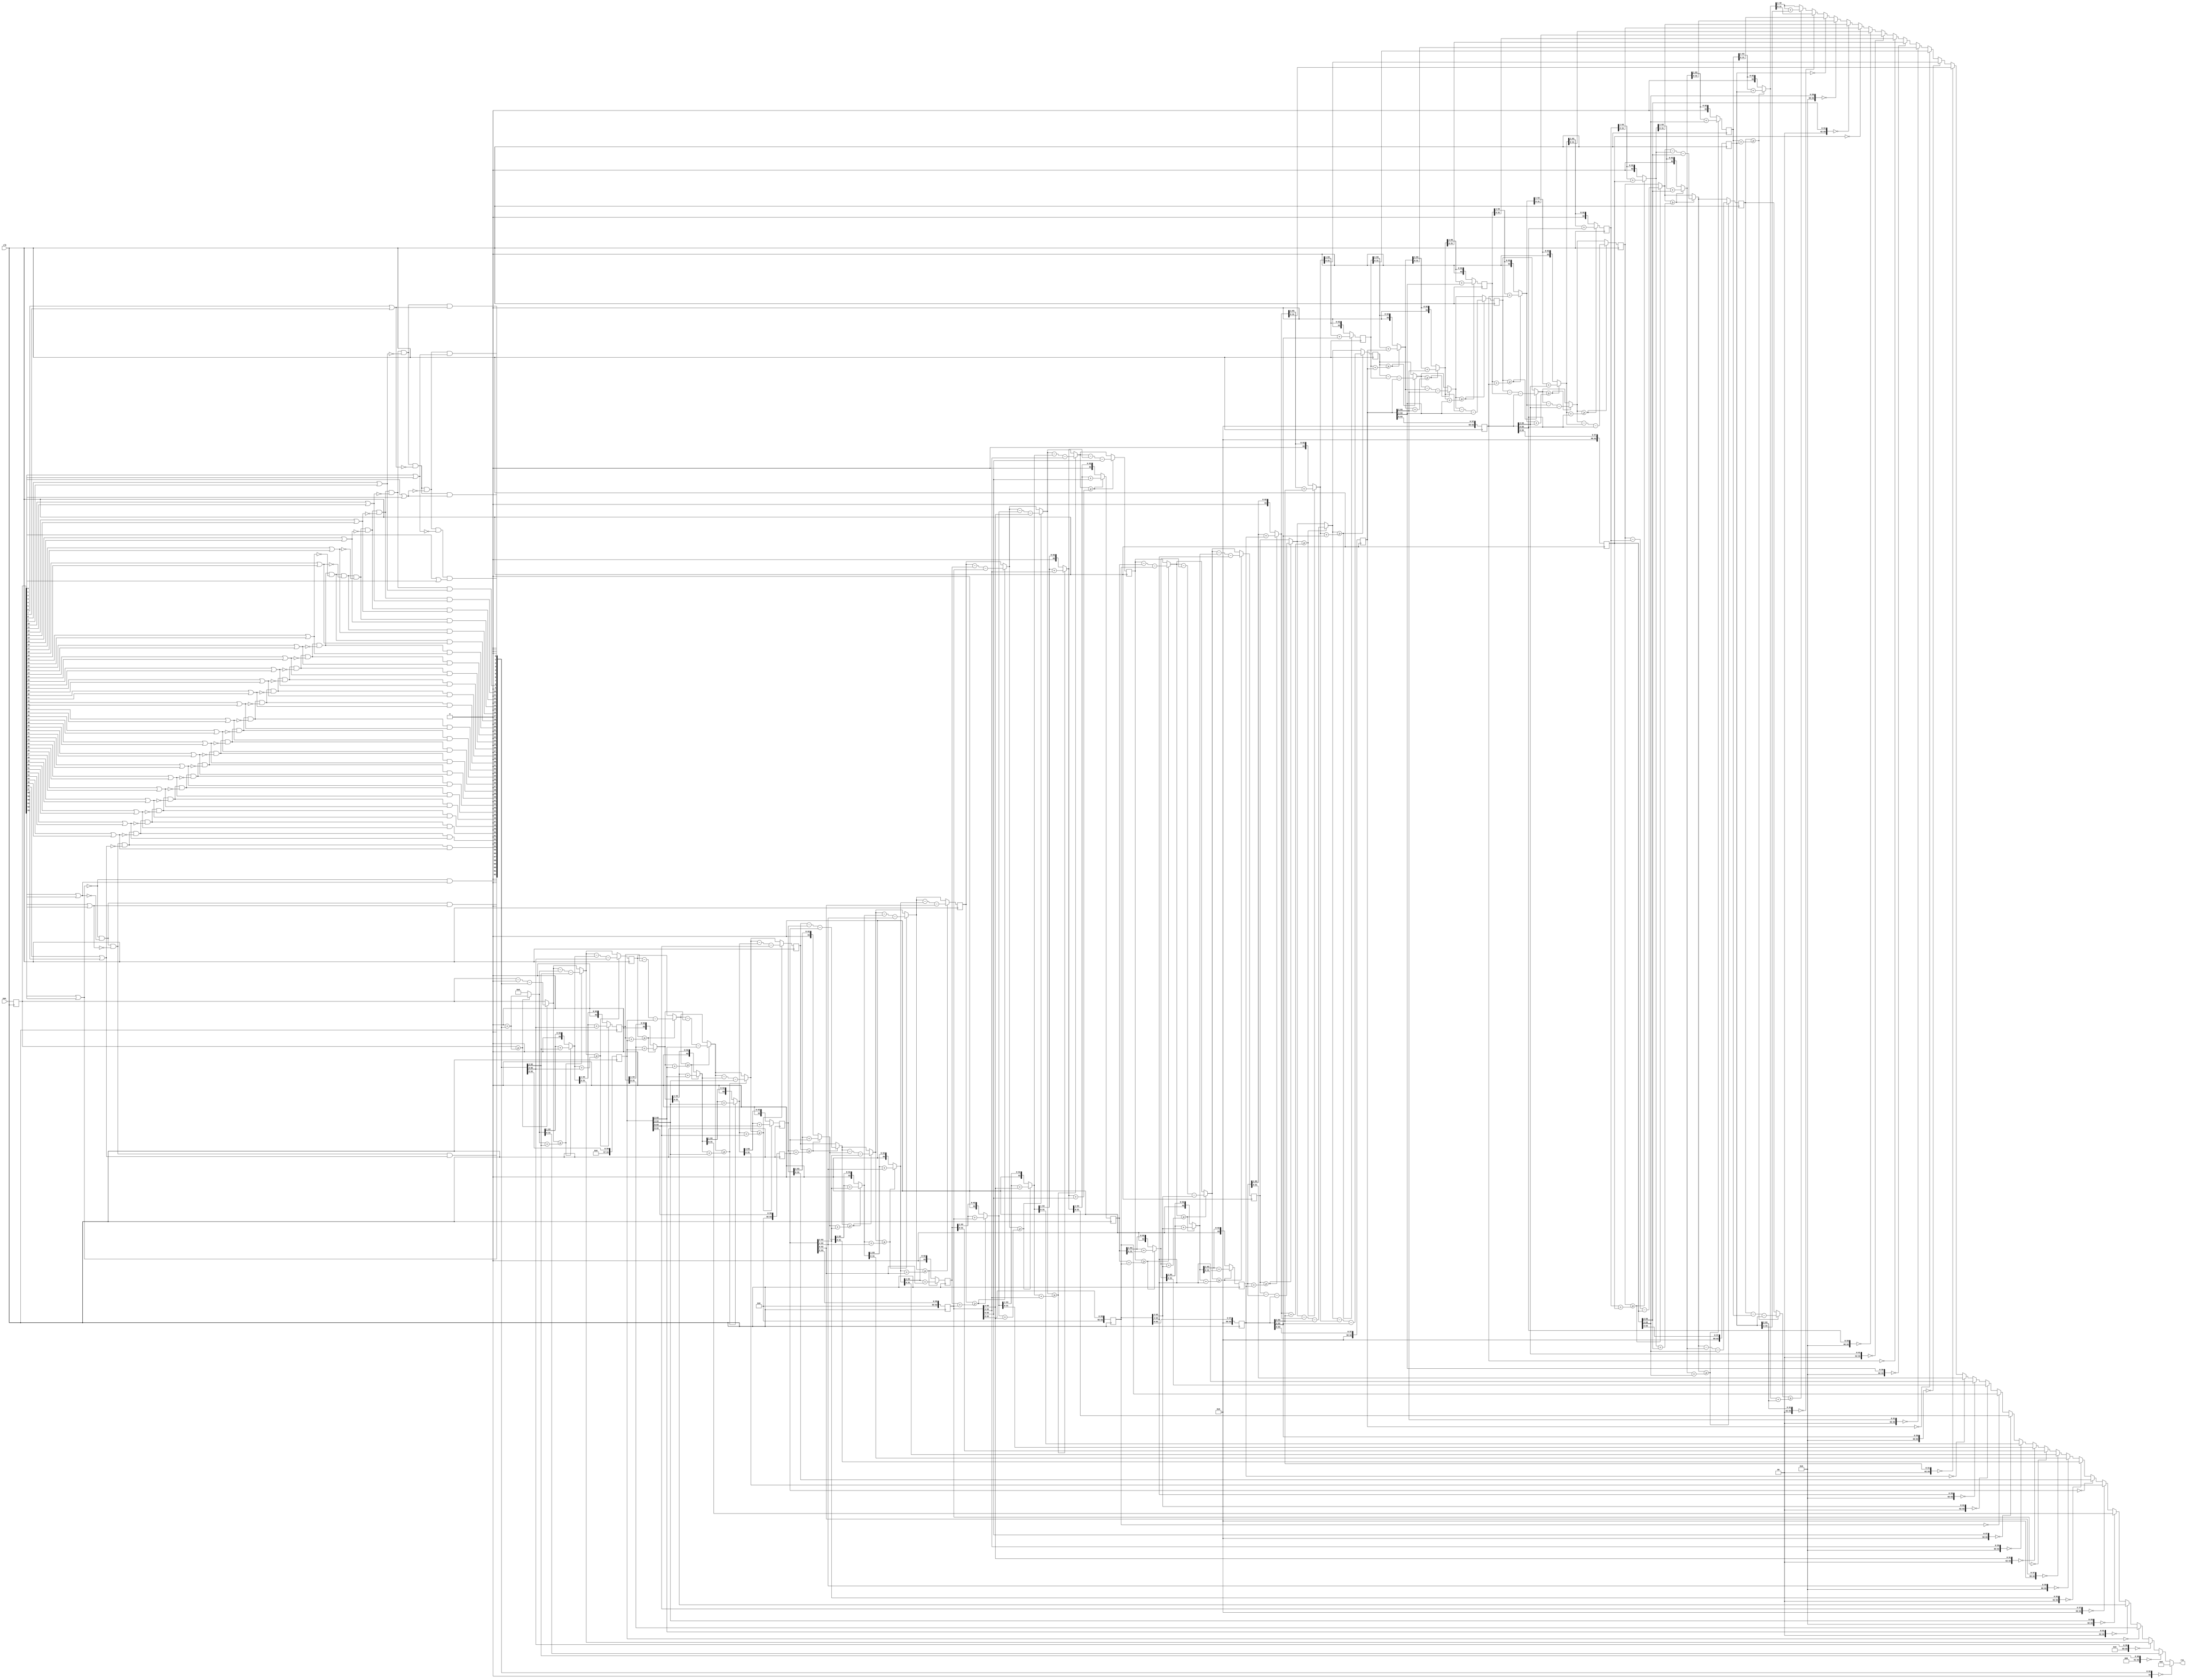
`define TRIG_WIDTH 5'b01010 //10;
`define PIPELINE_DEPTH_UPPER_LIMIT 10'b0100000000 //256;
`define ABSORB_ADDR_WIDTH 6'b010000 //16;
`define ABSORB_WORD_WIDTH 7'b01000000 //64;
`define WSCALE 22'b0111010100101111111111 //1919999;
//`define BIT_WIDTH 7'b0100000
//`define LAYER_WIDTH 6'b000011 
`define LEFTSHIFT 6'b000011         // 2^3=8=1/0.125 where 0.125 = CHANCE of roulette
`define INTCHANCE 32'b00100000000000000000000000000000 //Based on 32 bit rand num generator
`define MIN_WEIGHT 9'b011001000 
`define BIT_WIDTH 7'b0100000
`define LAYER_WIDTH 6'b000011
`define INTMAX 32'b01111111111111111111111111111111
`define INTMIN 32'b10000000000000000000000000000000
`define DIVIDER_LATENCY 6'b011110
`define FINAL_LATENCY 6'b011100
`define MULT_LATENCY 1'b1
`define ASPECT_RATIO 6'b000111
`define TOTAL_LATENCY 7'b0111100
//`define BIT_WIDTH 6'b100000
//`define LAYER_WIDTH 6'b000011
`define LOGSCALEFACTOR 6'b000101
`define MAXLOG 32'b10110001011100100001011111110111		//Based on 32 bit unsigned rand num generator
`define CONST_MOVE_AMOUNT 15'b110000110101000  //Used for testing purposes only
`define MUTMAX_BITS 6'b001111
//`define BIT_WIDTH 6'b100000
//`define LAYER_WIDTH 6'b000011
//`define INTMAX 32'b01111111111111111111111111111111
//`define INTMIN 32'b10000000000000000000000000000000
//`define BIT_WIDTH 7'b0100000
`define MANTISSA_PRECISION 6'b001010
`define LOG2_BIT_WIDTH 6'b000110
`define LOG2 28'b0101100010111001000010111111
`define NR 10'b0100000000             
`define NZ 10'b0100000000              
`define NR_EXP 5'b01000              //meaning `NR=2^`NR_exp or 2^8=256
`define RGRID_SCLAE_EXP 6'b010101    //2^21 = RGRID_SCALE
`define ZGRID_SCLAE_EXP 6'b010101    //2^21 = ZGRID_SCALE
//`define BIT_WIDTH 7'b0100000
`define BIT_WIDTH_2 8'b01000000
`define WORD_WIDTH 8'b01000000
`define ADDR_WIDTH 6'b010000          //256x256=2^8*2^8=2^16
`define DIV 6'b010100//20;
`define SQRT 5'b01010 //10;
`define LAT 7'b0100101 //DIV + SQRT + 7;
`define INTMAX_2 {32'h3FFFFFFF,32'h00000001}
//`define INTMAX 32'b01111111111111111111111111111111//2147483647;
//`define INTMIN 32'b10000000000000000000000000000001//-2147483647;
`define INTMAXMinus3 32'b01111111111111111111111111111100//2147483644;
`define negINTMAXPlus3 32'b10000000000000000000000000000100//-2147483644;
`define INTMAX_2_ref {32'h3FFFFFFF,32'hFFFFFFFF}
`define SIMULATION_MEMORY

module Sqrt_64b (clk, num_, res);
	input clk;
	input [63:0]num_;
	output [31:0]res;
	reg [31:0]res;
	
	reg [63:0]num;
	
	always @ (posedge clk)
	begin
		num <= num_;
	end
	
///////////////////////////////////////////////////Unchanged starts here
	
//	reg [63:0] one_[32:0];
//	reg [63:0] res_[32:0];
//	reg [63:0] op_[32:0];

	wire [63:0]one__0;
    reg  [63:0]one__1;
    reg  [63:0]one__2;
    reg  [63:0]one__3_d, one__3_q;
    reg  [63:0]one__4;
    reg  [63:0]one__5;
    reg  [63:0]one__6;
    reg  [63:0]one__7_d, one__7_q;
    reg  [63:0]one__8;
    reg  [63:0]one__9;
    reg  [63:0]one__10;
    reg  [63:0]one__11_d, one__11_q;
    reg  [63:0]one__12;
    reg  [63:0]one__13;
    reg  [63:0]one__14;
    reg  [63:0]one__15_d, one__15_q;
    reg  [63:0]one__16;
    reg  [63:0]one__17;
    reg  [63:0]one__18_d, one__18_q;
    reg  [63:0]one__19;
    reg  [63:0]one__20;
    reg  [63:0]one__21_d, one__21_q;
    reg  [63:0]one__22;
    reg  [63:0]one__23;
    reg  [63:0]one__24_d, one__24_q;
    reg  [63:0]one__25;
    reg  [63:0]one__26;
    reg  [63:0]one__27_d, one__27_q;
    reg  [63:0]one__28;
    reg  [63:0]one__29;
    reg  [63:0]one__30_d, one__30_q;
    reg  [63:0]one__31;
	reg  [63:0]one__32;

	wire [63:0]res__0;
    reg  [63:0]res__1;
    reg  [63:0]res__2;
    reg  [63:0]res__3_d, res__3_q;
    reg  [63:0]res__4;
    reg  [63:0]res__5;
    reg  [63:0]res__6;
    reg  [63:0]res__7_d, res__7_q;
    reg  [63:0]res__8;
    reg  [63:0]res__9;
    reg  [63:0]res__10;
    reg  [63:0]res__11_d, res__11_q;
    reg  [63:0]res__12;
    reg  [63:0]res__13;
    reg  [63:0]res__14;
    reg  [63:0]res__15_d, res__15_q;
    reg  [63:0]res__16;
    reg  [63:0]res__17;
    reg  [63:0]res__18_d, res__18_q;
    reg  [63:0]res__19;
    reg  [63:0]res__20;
    reg  [63:0]res__21_d, res__21_q;
    reg  [63:0]res__22;
    reg  [63:0]res__23;
    reg  [63:0]res__24_d, res__24_q;
    reg  [63:0]res__25;
    reg  [63:0]res__26;
    reg  [63:0]res__27_d, res__27_q;
    reg  [63:0]res__28;
    reg  [63:0]res__29;
    reg  [63:0]res__30_d, res__30_q;
    reg  [63:0]res__31;
	reg  [63:0]res__32;
    
	wire [63:0]op__0;
	reg  [63:0]op__1;
    reg  [63:0]op__2;
    reg  [63:0]op__3_d, op__3_q;
    reg  [63:0]op__4;
    reg  [63:0]op__5;
    reg  [63:0]op__6;
    reg  [63:0]op__7_d, op__7_q;
    reg  [63:0]op__8;
    reg  [63:0]op__9;
    reg  [63:0]op__10;
    reg  [63:0]op__11_d, op__11_q;
    reg  [63:0]op__12;
    reg  [63:0]op__13;
    reg  [63:0]op__14;
    reg  [63:0]op__15_d, op__15_q;
    reg  [63:0]op__16;
    reg  [63:0]op__17;
    reg  [63:0]op__18_d, op__18_q;
    reg  [63:0]op__19;
    reg  [63:0]op__20;
    reg  [63:0]op__21_d, op__21_q;
    reg  [63:0]op__22;
    reg  [63:0]op__23;
    reg  [63:0]op__24_d, op__24_q;
    reg  [63:0]op__25;
    reg  [63:0]op__26;
    reg  [63:0]op__27_d, op__27_q;
    reg  [63:0]op__28;
    reg  [63:0]op__29;
    reg  [63:0]op__30_d, op__30_q;
    reg  [63:0]op__31;
	reg  [63:0]op__32;

	
	reg [63:0]one; //This is the one that is selected in first expanded loop
	reg [31:0]one_tmp;
	
	always @ (num) begin
		
		//The first for-loop:
		//all of these will be zero no matter how 'one' is selected.
		one[1] = 0;
		one[3] = 0;
		one[5] = 0;
		one[7] = 0;
		one[9] = 0;
		one[11] = 0;
		one[13] = 0;
		one[15] = 0;
		one[17] = 0;
		one[19] = 0;
		one[21] = 0;
		one[23] = 0;
		one[25] = 0;
		one[27] = 0;
		one[29] = 0;
		one[31] = 0;
		one[33] = 0;
		one[35] = 0;
		one[37] = 0;
		one[39] = 0;
		one[41] = 0;
		one[43] = 0;
		one[45] = 0;
		one[47] = 0;
		one[49] = 0;
		one[51] = 0;
		one[53] = 0;
		one[55] = 0;
		one[57] = 0;
		one[59] = 0;
		one[61] = 0;
		one[63] = 0;
		
		one_tmp[0] = num[0]|num[1];
		one_tmp[1] = num[2]|num[3];
		one_tmp[2] = num[4]|num[5];
		one_tmp[3] = num[6]|num[7];
		one_tmp[4] = num[8]|num[9];
		one_tmp[5] = num[10]|num[11];
		one_tmp[6] = num[12]|num[13];
		one_tmp[7] = num[14]|num[15];
		one_tmp[8] = num[16]|num[17];
		one_tmp[9] = num[18]|num[19];
		one_tmp[10] = num[20]|num[21];
		one_tmp[11] = num[22]|num[23];
		one_tmp[12] = num[24]|num[25];
		one_tmp[13] = num[26]|num[27];
		one_tmp[14] = num[28]|num[29];
		one_tmp[15] = num[30]|num[31];
		one_tmp[16] = num[32]|num[33];
		one_tmp[17] = num[34]|num[35];
		one_tmp[18] = num[36]|num[37];
		one_tmp[19] = num[38]|num[39];
		one_tmp[20] = num[40]|num[41];
		one_tmp[21] = num[42]|num[43];
		one_tmp[22] = num[44]|num[45];
		one_tmp[23] = num[46]|num[47];
		one_tmp[24] = num[48]|num[49];
		one_tmp[25] = num[50]|num[51];
		one_tmp[26] = num[52]|num[53];
		one_tmp[27] = num[54]|num[55];
		one_tmp[28] = num[56]|num[57];
		one_tmp[29] = num[58]|num[59];
		one_tmp[30] = num[60]|num[61];
		one_tmp[31] = num[62]|num[63];
		
		one[0] = ~one_tmp[31]&~one_tmp[30]&~one_tmp[29]&~one_tmp[28]&~one_tmp[27]&~one_tmp[26]&~one_tmp[25]&~one_tmp[24]&~one_tmp[23]&~one_tmp[22]&~one_tmp[21]&~one_tmp[20]&~one_tmp[19]&~one_tmp[18]&~one_tmp[17]&~one_tmp[16]&~one_tmp[15]&~one_tmp[14]&~one_tmp[13]&~one_tmp[12]&~one_tmp[11]&~one_tmp[10]&~one_tmp[9]&~one_tmp[8]&~one_tmp[7]&~one_tmp[6]&~one_tmp[5]&~one_tmp[4]&~one_tmp[3]&~one_tmp[2]&~one_tmp[1]&one_tmp[0];
		one[2] = ~one_tmp[31]&~one_tmp[30]&~one_tmp[29]&~one_tmp[28]&~one_tmp[27]&~one_tmp[26]&~one_tmp[25]&~one_tmp[24]&~one_tmp[23]&~one_tmp[22]&~one_tmp[21]&~one_tmp[20]&~one_tmp[19]&~one_tmp[18]&~one_tmp[17]&~one_tmp[16]&~one_tmp[15]&~one_tmp[14]&~one_tmp[13]&~one_tmp[12]&~one_tmp[11]&~one_tmp[10]&~one_tmp[9]&~one_tmp[8]&~one_tmp[7]&~one_tmp[6]&~one_tmp[5]&~one_tmp[4]&~one_tmp[3]&~one_tmp[2]&one_tmp[1];
		one[4] = ~one_tmp[31]&~one_tmp[30]&~one_tmp[29]&~one_tmp[28]&~one_tmp[27]&~one_tmp[26]&~one_tmp[25]&~one_tmp[24]&~one_tmp[23]&~one_tmp[22]&~one_tmp[21]&~one_tmp[20]&~one_tmp[19]&~one_tmp[18]&~one_tmp[17]&~one_tmp[16]&~one_tmp[15]&~one_tmp[14]&~one_tmp[13]&~one_tmp[12]&~one_tmp[11]&~one_tmp[10]&~one_tmp[9]&~one_tmp[8]&~one_tmp[7]&~one_tmp[6]&~one_tmp[5]&~one_tmp[4]&~one_tmp[3]&one_tmp[2];
		one[6] = ~one_tmp[31]&~one_tmp[30]&~one_tmp[29]&~one_tmp[28]&~one_tmp[27]&~one_tmp[26]&~one_tmp[25]&~one_tmp[24]&~one_tmp[23]&~one_tmp[22]&~one_tmp[21]&~one_tmp[20]&~one_tmp[19]&~one_tmp[18]&~one_tmp[17]&~one_tmp[16]&~one_tmp[15]&~one_tmp[14]&~one_tmp[13]&~one_tmp[12]&~one_tmp[11]&~one_tmp[10]&~one_tmp[9]&~one_tmp[8]&~one_tmp[7]&~one_tmp[6]&~one_tmp[5]&~one_tmp[4]&one_tmp[3];
		one[8] = ~one_tmp[31]&~one_tmp[30]&~one_tmp[29]&~one_tmp[28]&~one_tmp[27]&~one_tmp[26]&~one_tmp[25]&~one_tmp[24]&~one_tmp[23]&~one_tmp[22]&~one_tmp[21]&~one_tmp[20]&~one_tmp[19]&~one_tmp[18]&~one_tmp[17]&~one_tmp[16]&~one_tmp[15]&~one_tmp[14]&~one_tmp[13]&~one_tmp[12]&~one_tmp[11]&~one_tmp[10]&~one_tmp[9]&~one_tmp[8]&~one_tmp[7]&~one_tmp[6]&~one_tmp[5]&one_tmp[4];
		one[10] = ~one_tmp[31]&~one_tmp[30]&~one_tmp[29]&~one_tmp[28]&~one_tmp[27]&~one_tmp[26]&~one_tmp[25]&~one_tmp[24]&~one_tmp[23]&~one_tmp[22]&~one_tmp[21]&~one_tmp[20]&~one_tmp[19]&~one_tmp[18]&~one_tmp[17]&~one_tmp[16]&~one_tmp[15]&~one_tmp[14]&~one_tmp[13]&~one_tmp[12]&~one_tmp[11]&~one_tmp[10]&~one_tmp[9]&~one_tmp[8]&~one_tmp[7]&~one_tmp[6]&one_tmp[5];
		one[12] = ~one_tmp[31]&~one_tmp[30]&~one_tmp[29]&~one_tmp[28]&~one_tmp[27]&~one_tmp[26]&~one_tmp[25]&~one_tmp[24]&~one_tmp[23]&~one_tmp[22]&~one_tmp[21]&~one_tmp[20]&~one_tmp[19]&~one_tmp[18]&~one_tmp[17]&~one_tmp[16]&~one_tmp[15]&~one_tmp[14]&~one_tmp[13]&~one_tmp[12]&~one_tmp[11]&~one_tmp[10]&~one_tmp[9]&~one_tmp[8]&~one_tmp[7]&one_tmp[6];
		one[14] = ~one_tmp[31]&~one_tmp[30]&~one_tmp[29]&~one_tmp[28]&~one_tmp[27]&~one_tmp[26]&~one_tmp[25]&~one_tmp[24]&~one_tmp[23]&~one_tmp[22]&~one_tmp[21]&~one_tmp[20]&~one_tmp[19]&~one_tmp[18]&~one_tmp[17]&~one_tmp[16]&~one_tmp[15]&~one_tmp[14]&~one_tmp[13]&~one_tmp[12]&~one_tmp[11]&~one_tmp[10]&~one_tmp[9]&~one_tmp[8]&one_tmp[7];
		one[16] = ~one_tmp[31]&~one_tmp[30]&~one_tmp[29]&~one_tmp[28]&~one_tmp[27]&~one_tmp[26]&~one_tmp[25]&~one_tmp[24]&~one_tmp[23]&~one_tmp[22]&~one_tmp[21]&~one_tmp[20]&~one_tmp[19]&~one_tmp[18]&~one_tmp[17]&~one_tmp[16]&~one_tmp[15]&~one_tmp[14]&~one_tmp[13]&~one_tmp[12]&~one_tmp[11]&~one_tmp[10]&~one_tmp[9]&one_tmp[8];
		one[18] = ~one_tmp[31]&~one_tmp[30]&~one_tmp[29]&~one_tmp[28]&~one_tmp[27]&~one_tmp[26]&~one_tmp[25]&~one_tmp[24]&~one_tmp[23]&~one_tmp[22]&~one_tmp[21]&~one_tmp[20]&~one_tmp[19]&~one_tmp[18]&~one_tmp[17]&~one_tmp[16]&~one_tmp[15]&~one_tmp[14]&~one_tmp[13]&~one_tmp[12]&~one_tmp[11]&~one_tmp[10]&one_tmp[9];
		one[20] = ~one_tmp[31]&~one_tmp[30]&~one_tmp[29]&~one_tmp[28]&~one_tmp[27]&~one_tmp[26]&~one_tmp[25]&~one_tmp[24]&~one_tmp[23]&~one_tmp[22]&~one_tmp[21]&~one_tmp[20]&~one_tmp[19]&~one_tmp[18]&~one_tmp[17]&~one_tmp[16]&~one_tmp[15]&~one_tmp[14]&~one_tmp[13]&~one_tmp[12]&~one_tmp[11]&one_tmp[10];
		one[22] = ~one_tmp[31]&~one_tmp[30]&~one_tmp[29]&~one_tmp[28]&~one_tmp[27]&~one_tmp[26]&~one_tmp[25]&~one_tmp[24]&~one_tmp[23]&~one_tmp[22]&~one_tmp[21]&~one_tmp[20]&~one_tmp[19]&~one_tmp[18]&~one_tmp[17]&~one_tmp[16]&~one_tmp[15]&~one_tmp[14]&~one_tmp[13]&~one_tmp[12]&one_tmp[11];
		one[24] = ~one_tmp[31]&~one_tmp[30]&~one_tmp[29]&~one_tmp[28]&~one_tmp[27]&~one_tmp[26]&~one_tmp[25]&~one_tmp[24]&~one_tmp[23]&~one_tmp[22]&~one_tmp[21]&~one_tmp[20]&~one_tmp[19]&~one_tmp[18]&~one_tmp[17]&~one_tmp[16]&~one_tmp[15]&~one_tmp[14]&~one_tmp[13]&one_tmp[12];
		one[26] = ~one_tmp[31]&~one_tmp[30]&~one_tmp[29]&~one_tmp[28]&~one_tmp[27]&~one_tmp[26]&~one_tmp[25]&~one_tmp[24]&~one_tmp[23]&~one_tmp[22]&~one_tmp[21]&~one_tmp[20]&~one_tmp[19]&~one_tmp[18]&~one_tmp[17]&~one_tmp[16]&~one_tmp[15]&~one_tmp[14]&one_tmp[13];
		one[28] = ~one_tmp[31]&~one_tmp[30]&~one_tmp[29]&~one_tmp[28]&~one_tmp[27]&~one_tmp[26]&~one_tmp[25]&~one_tmp[24]&~one_tmp[23]&~one_tmp[22]&~one_tmp[21]&~one_tmp[20]&~one_tmp[19]&~one_tmp[18]&~one_tmp[17]&~one_tmp[16]&~one_tmp[15]&one_tmp[14];
		one[30] = ~one_tmp[31]&~one_tmp[30]&~one_tmp[29]&~one_tmp[28]&~one_tmp[27]&~one_tmp[26]&~one_tmp[25]&~one_tmp[24]&~one_tmp[23]&~one_tmp[22]&~one_tmp[21]&~one_tmp[20]&~one_tmp[19]&~one_tmp[18]&~one_tmp[17]&~one_tmp[16]&one_tmp[15];
		one[32] = ~one_tmp[31]&~one_tmp[30]&~one_tmp[29]&~one_tmp[28]&~one_tmp[27]&~one_tmp[26]&~one_tmp[25]&~one_tmp[24]&~one_tmp[23]&~one_tmp[22]&~one_tmp[21]&~one_tmp[20]&~one_tmp[19]&~one_tmp[18]&~one_tmp[17]&one_tmp[16];
		one[34] = ~one_tmp[31]&~one_tmp[30]&~one_tmp[29]&~one_tmp[28]&~one_tmp[27]&~one_tmp[26]&~one_tmp[25]&~one_tmp[24]&~one_tmp[23]&~one_tmp[22]&~one_tmp[21]&~one_tmp[20]&~one_tmp[19]&~one_tmp[18]&one_tmp[17];
		one[36] = ~one_tmp[31]&~one_tmp[30]&~one_tmp[29]&~one_tmp[28]&~one_tmp[27]&~one_tmp[26]&~one_tmp[25]&~one_tmp[24]&~one_tmp[23]&~one_tmp[22]&~one_tmp[21]&~one_tmp[20]&~one_tmp[19]&one_tmp[18];
		one[38] = ~one_tmp[31]&~one_tmp[30]&~one_tmp[29]&~one_tmp[28]&~one_tmp[27]&~one_tmp[26]&~one_tmp[25]&~one_tmp[24]&~one_tmp[23]&~one_tmp[22]&~one_tmp[21]&~one_tmp[20]&one_tmp[19];
		one[40] = ~one_tmp[31]&~one_tmp[30]&~one_tmp[29]&~one_tmp[28]&~one_tmp[27]&~one_tmp[26]&~one_tmp[25]&~one_tmp[24]&~one_tmp[23]&~one_tmp[22]&~one_tmp[21]&one_tmp[20];
		one[42] = ~one_tmp[31]&~one_tmp[30]&~one_tmp[29]&~one_tmp[28]&~one_tmp[27]&~one_tmp[26]&~one_tmp[25]&~one_tmp[24]&~one_tmp[23]&~one_tmp[22]&one_tmp[21];
		one[44] = ~one_tmp[31]&~one_tmp[30]&~one_tmp[29]&~one_tmp[28]&~one_tmp[27]&~one_tmp[26]&~one_tmp[25]&~one_tmp[24]&~one_tmp[23]&one_tmp[22];
		one[46] = ~one_tmp[31]&~one_tmp[30]&~one_tmp[29]&~one_tmp[28]&~one_tmp[27]&~one_tmp[26]&~one_tmp[25]&~one_tmp[24]&one_tmp[23];
		one[48] = ~one_tmp[31]&~one_tmp[30]&~one_tmp[29]&~one_tmp[28]&~one_tmp[27]&~one_tmp[26]&~one_tmp[25]&one_tmp[24];
		one[50] = ~one_tmp[31]&~one_tmp[30]&~one_tmp[29]&~one_tmp[28]&~one_tmp[27]&~one_tmp[26]&one_tmp[25];
		one[52] = ~one_tmp[31]&~one_tmp[30]&~one_tmp[29]&~one_tmp[28]&~one_tmp[27]&one_tmp[26];
		one[54] = ~one_tmp[31]&~one_tmp[30]&~one_tmp[29]&~one_tmp[28]&one_tmp[27];
		one[56] = ~one_tmp[31]&~one_tmp[30]&~one_tmp[29]&one_tmp[28];
		one[58] = ~one_tmp[31]&~one_tmp[30]&one_tmp[29];
		one[60] = ~one_tmp[31]&one_tmp[30];
		one[62] = one_tmp[31];
	end
	
//	//2nd for-loop:
//	integer i;
//	always @* begin
//		op_[0] = num;
//		one_[0] = one;
//		res_[0] = 64'b0;
//		res = 63'b0;
//		res_assigned = 1'b0;
//	
//		for (i = 0; i <= 31; i=i+1) begin
//			if ((one_[i] == 0) & ~res_assigned) begin
//				res = res_[i];
//				res_assigned = 1'b1;
//			end
//			
//			//Define the next stage:
//			if (op_[i] >= res_[i] + one_[i]) begin
//				op_[i+1] = op_[i] - res_[i] - one_[i];
//				res_[i+1] = (res_[i]>>1) + one_[i];
//			end else begin
//				op_[i+1] = op_[i]; //this line had to be added for the verilog version.
//				res_[i+1] = (res_[i]>>1);
//			end
//			one_[i+1] = (one_[i] >> 2);
//		end
//	
//		//Add the part for really big numbers later:
//		if (~res_assigned) begin
//			res = res_[32];
//		end
//	end

	//If-statement about defining the next stage:
	assign op__0 = num;
	assign res__0 = 64'b0;
	assign one__0 = one;
	
	always @ (res__0 or op__0 or one__0) begin

       //i = 0
       if (op__0 >= res__0 + one__0) begin
           op__1 = op__0 - res__0 - one__0;
           res__1 = (res__0>>1) + one__0;
       end else begin
           op__1 = op__0;
           res__1 = (res__0>>1);
       end
       one__1 = (one__0 >> 2);

       //i = 1
       if (op__1 >= res__1 + one__1) begin
           op__2 = op__1 - res__1 - one__1;
           res__2 = (res__1>>1) + one__1;
       end else begin
           op__2 = op__1;
           res__2 = (res__1>>1);
       end
       one__2 = (one__1 >> 2);

       //i = 2
       if (op__2 >= res__2 + one__2) begin
           op__3_d = op__2 - res__2 - one__2;
           res__3_d = (res__2>>1) + one__2;
       end else begin
           op__3_d = op__2;
           res__3_d = (res__2>>1);
       end
       one__3_d = (one__2 >> 2);
	end
	
	always @ (posedge clk) begin
		op__3_q <= op__3_d;
		res__3_q <= res__3_d;
		one__3_q <= one__3_d;
	end
	
	always @ (op__3_q or res__3_q or one__3_q) begin
       //i = 3
       if (op__3_q >= res__3_q + one__3_q) begin
           op__4 = op__3_q - res__3_q - one__3_q;
           res__4 = (res__3_q>>1) + one__3_q;
       end else begin
           op__4 = op__3_q;
           res__4 = (res__3_q>>1);
       end
       one__4 = (one__3_q >> 2);

       //i = 4
       if (op__4 >= res__4 + one__4) begin
           op__5 = op__4 - res__4 - one__4;
           res__5 = (res__4>>1) + one__4;
       end else begin
           op__5 = op__4;
           res__5 = (res__4>>1);
       end
       one__5 = (one__4 >> 2);

       //i = 5
       if (op__5 >= res__5 + one__5) begin
           op__6 = op__5 - res__5 - one__5;
           res__6 = (res__5>>1) + one__5;
       end else begin
           op__6 = op__5;
           res__6 = (res__5>>1);
       end
       one__6 = (one__5 >> 2);

       //i = 6
       if (op__6 >= res__6 + one__6) begin
           op__7_d = op__6 - res__6 - one__6;
           res__7_d = (res__6>>1) + one__6;
       end else begin
           op__7_d = op__6;
           res__7_d = (res__6>>1);
       end
       one__7_d = (one__6 >> 2);
	end
		 
	always @ (posedge clk) begin
		op__7_q <= op__7_d;
		one__7_q <= one__7_d;
		res__7_q <= res__7_d;
	end
	
	always @ (op__7_q or res__7_q or one__7_q) begin
       //i = 7
       if (op__7_q >= res__7_q + one__7_q) begin
           op__8 = op__7_q - res__7_q - one__7_q;
           res__8 = (res__7_q>>1) + one__7_q;
       end else begin
           op__8 = op__7_q;
           res__8 = (res__7_q>>1);
       end
       one__8 = (one__7_q >> 2);

       //i = 8
       if (op__8 >= res__8 + one__8) begin
           op__9 = op__8 - res__8 - one__8;
           res__9 = (res__8>>1) + one__8;
       end else begin
           op__9 = op__8;
           res__9 = (res__8>>1);
       end
       one__9 = (one__8 >> 2);

       //i = 9
       if (op__9 >= res__9 + one__9) begin
           op__10 = op__9 - res__9 - one__9;
           res__10 = (res__9>>1) + one__9;
       end else begin
           op__10 = op__9;
           res__10 = (res__9>>1);
       end
       one__10 = (one__9 >> 2);

       //i = 10
       if (op__10 >= res__10 + one__10) begin
           op__11_d = op__10 - res__10 - one__10;
           res__11_d = (res__10>>1) + one__10;
       end else begin
           op__11_d = op__10;
           res__11_d = (res__10>>1);
       end
       one__11_d = (one__10 >> 2);
	end
		 
	always @ (posedge clk) begin
		op__11_q <= op__11_d;
		one__11_q <= one__11_d;
		res__11_q <= res__11_d;
	end
	
	always @ (op__11_q or res__11_q or one__11_q) begin	 
       //i = 11
       if (op__11_q >= res__11_q + one__11_q) begin
           op__12 = op__11_q - res__11_q - one__11_q;
           res__12 = (res__11_q>>1) + one__11_q;
       end else begin
           op__12 = op__11_q;
           res__12 = (res__11_q>>1);
       end
       one__12 = (one__11_q >> 2);

       //i = 12
       if (op__12 >= res__12 + one__12) begin
           op__13 = op__12 - res__12 - one__12;
           res__13 = (res__12>>1) + one__12;
       end else begin
           op__13 = op__12;
           res__13 = (res__12>>1);
       end
       one__13 = (one__12 >> 2);

       //i = 13
       if (op__13 >= res__13 + one__13) begin
           op__14 = op__13 - res__13 - one__13;
           res__14 = (res__13>>1) + one__13;
       end else begin
           op__14 = op__13;
           res__14 = (res__13>>1);
       end
       one__14 = (one__13 >> 2);

       //i = 14
       if (op__14 >= res__14 + one__14) begin
           op__15_d = op__14 - res__14 - one__14;
           res__15_d = (res__14>>1) + one__14;
       end else begin
           op__15_d = op__14;
           res__15_d = (res__14>>1);
       end
       one__15_d = (one__14 >> 2);
	end
	
	always @ (posedge clk) begin
		op__15_q <= op__15_d;
		one__15_q <= one__15_d;
		res__15_q <= res__15_d;
	end
	
	always @ (op__15_q or res__15_q or one__15_q) begin
       //i = 15
       if (op__15_q >= res__15_q + one__15_q) begin
           op__16 = op__15_q - res__15_q - one__15_q;
           res__16 = (res__15_q>>1) + one__15_q;
       end else begin
           op__16 = op__15_q;
           res__16 = (res__15_q>>1);
       end
       one__16 = (one__15_q >> 2);

       //i = 16
       if (op__16 >= res__16 + one__16) begin
           op__17 = op__16 - res__16 - one__16;
           res__17 = (res__16>>1) + one__16;
       end else begin
           op__17 = op__16;
           res__17 = (res__16>>1);
       end
       one__17 = (one__16 >> 2);

       //i = 17
       if (op__17 >= res__17 + one__17) begin
           op__18_d = op__17 - res__17 - one__17;
           res__18_d = (res__17>>1) + one__17;
       end else begin
           op__18_d = op__17;
           res__18_d = (res__17>>1);
       end
       one__18_d = (one__17 >> 2);
	end
	
	always @ (posedge clk) begin
		op__18_q <= op__18_d;
		one__18_q <= one__18_d;
		res__18_q <= res__18_d;
	end
	
	always @ (op__18_q or res__18_q or one__18_q) begin
       //i = 18
       if (op__18_q >= res__18_q + one__18_q) begin
           op__19 = op__18_q - res__18_q - one__18_q;
           res__19 = (res__18_q>>1) + one__18_q;
       end else begin
           op__19 = op__18_q;
           res__19 = (res__18_q>>1);
       end
       one__19 = (one__18_q >> 2);

       //i = 19
       if (op__19 >= res__19 + one__19) begin
           op__20 = op__19 - res__19 - one__19;
           res__20 = (res__19>>1) + one__19;
       end else begin
           op__20 = op__19;
           res__20 = (res__19>>1);
       end
       one__20 = (one__19 >> 2);

       //i = 20
       if (op__20 >= res__20 + one__20) begin
           op__21_d = op__20 - res__20 - one__20;
           res__21_d = (res__20>>1) + one__20;
       end else begin
           op__21_d = op__20;
           res__21_d = (res__20>>1);
       end
       one__21_d = (one__20 >> 2);
	end
	
	always @ (posedge clk) begin
		op__21_q <= op__21_d;
		one__21_q <= one__21_d;
		res__21_q <= res__21_d;
	end
		 
	always @ (op__21_q or res__21_q or one__21_q) begin 
       //i = 21
       if (op__21_q >= res__21_q + one__21_q) begin
           op__22 = op__21_q - res__21_q - one__21_q;
           res__22 = (res__21_q>>1) + one__21_q;
       end else begin
           op__22 = op__21_q;
           res__22 = (res__21_q>>1);
       end
       one__22 = (one__21_q >> 2);

       //i = 22
       if (op__22 >= res__22 + one__22) begin
           op__23 = op__22 - res__22 - one__22;
           res__23 = (res__22>>1) + one__22;
       end else begin
           op__23 = op__22;
           res__23 = (res__22>>1);
       end
       one__23 = (one__22 >> 2);

       //i = 23
       if (op__23 >= res__23 + one__23) begin
           op__24_d = op__23 - res__23 - one__23;
           res__24_d = (res__23>>1) + one__23;
       end else begin
           op__24_d = op__23;
           res__24_d = (res__23>>1);
       end
       one__24_d = (one__23 >> 2);
	end
		 
	always @ (posedge clk) begin
		op__24_q <= op__24_d;
		one__24_q <= one__24_d;
		res__24_q <= res__24_d;
	end
		  
	always @ (op__24_q or res__24_q or one__24_q) begin
       //i = 24
       if (op__24_q >= res__24_q + one__24_q) begin
           op__25 = op__24_q - res__24_q - one__24_q;
           res__25 = (res__24_q>>1) + one__24_q;
       end else begin
           op__25 = op__24_q;
           res__25 = (res__24_q>>1);
       end
       one__25 = (one__24_q >> 2);

       //i = 25
       if (op__25 >= res__25 + one__25) begin
           op__26 = op__25 - res__25 - one__25;
           res__26 = (res__25>>1) + one__25;
       end else begin
           op__26 = op__25;
           res__26 = (res__25>>1);
       end
       one__26 = (one__25 >> 2);

       //i = 26
       if (op__26 >= res__26 + one__26) begin
           op__27_d = op__26 - res__26 - one__26;
           res__27_d = (res__26>>1) + one__26;
       end else begin
           op__27_d = op__26;
           res__27_d = (res__26>>1);
       end
       one__27_d = (one__26 >> 2);
	end

	always @ (posedge clk) begin
		op__27_q <= op__27_d;
		one__27_q <= one__27_d;
		res__27_q <= res__27_d;
	end
	
	always @ (op__27_q or res__27_q or one__27_q) begin
       //i = 27
       if (op__27_q >= res__27_q + one__27_q) begin
           op__28 = op__27_q - res__27_q - one__27_q;
           res__28 = (res__27_q>>1) + one__27_q;
       end else begin
           op__28 = op__27_q;
           res__28 = (res__27_q>>1);
       end
       one__28 = (one__27_q >> 2);

       //i = 28
       if (op__28 >= res__28 + one__28) begin
           op__29 = op__28 - res__28 - one__28;
           res__29 = (res__28>>1) + one__28;
       end else begin
           op__29 = op__28;
           res__29 = (res__28>>1);
       end
       one__29 = (one__28 >> 2);

       //i = 29
       if (op__29 >= res__29 + one__29) begin
           op__30_d = op__29 - res__29 - one__29;
           res__30_d = (res__29>>1) + one__29;
       end else begin
           op__30_d = op__29;
           res__30_d = (res__29>>1);
       end
       one__30_d = (one__29 >> 2);
	end
	
	always @ (posedge clk) begin
		op__30_q <= op__30_d;
		one__30_q <= one__30_d;
		res__30_q <= res__30_d;
	end
	
	always @* begin
       //i = 30
       if (op__30_q >= res__30_q + one__30_q) begin
           op__31 = op__30_q - res__30_q - one__30_q;
           res__31 = (res__30_q>>1) + one__30_q;
       end else begin
           op__31 = op__30_q;
           res__31 = (res__30_q>>1);
       end
       one__31 = (one__30_q >> 2);

       //i = 31
       if (op__31 >= res__31 + one__31) begin
           op__32 = op__31 - res__31 - one__31;
           res__32 = (res__31>>1) + one__31;
       end else begin
           op__32 = op__31;
           res__32 = (res__31>>1);
       end
       one__32 = (one__31 >> 2);
	end


	//If-statement about assigning res:
	always @* begin
		if(one__0 == 0) begin
			res = res__0[31:0];
         end else if (one__1 == 0) begin
             res = res__1[31:0];
         end else if (one__2 == 0) begin
             res = res__2[31:0];
         end else if (one__3_q == 0) begin
             res = res__3_q[31:0];
         end else if (one__4 == 0) begin
             res = res__4[31:0];
         end else if (one__5 == 0) begin
             res = res__5[31:0];
         end else if (one__6 == 0) begin
             res = res__6[31:0];
         end else if (one__7_q == 0) begin
             res = res__7_q[31:0];
         end else if (one__8 == 0) begin
             res = res__8[31:0];
         end else if (one__9 == 0) begin
             res = res__9[31:0];
         end else if (one__10 == 0) begin
             res = res__10[31:0];
         end else if (one__11_q == 0) begin
             res = res__11_q[31:0];
         end else if (one__12 == 0) begin
             res = res__12[31:0];
         end else if (one__13 == 0) begin
             res = res__13[31:0];
         end else if (one__14 == 0) begin
             res = res__14[31:0];
         end else if (one__15_q == 0) begin
             res = res__15_q[31:0];
         end else if (one__16 == 0) begin
             res = res__16[31:0];
         end else if (one__17 == 0) begin
             res = res__17[31:0];
         end else if (one__18_q == 0) begin
             res = res__18_q[31:0];
         end else if (one__19 == 0) begin
             res = res__19[31:0];
         end else if (one__20 == 0) begin
             res = res__20[31:0];
         end else if (one__21_q == 0) begin
             res = res__21_q[31:0];
         end else if (one__22 == 0) begin
             res = res__22[31:0];
         end else if (one__23 == 0) begin
             res = res__23[31:0];
         end else if (one__24_q == 0) begin
             res = res__24_q[31:0];
         end else if (one__25 == 0) begin
             res = res__25[31:0];
         end else if (one__26 == 0) begin
             res = res__26[31:0];
         end else if (one__27_q == 0) begin
             res = res__27_q[31:0];
         end else if (one__28 == 0) begin
             res = res__28[31:0];
         end else if (one__29 == 0) begin
             res = res__29[31:0];
         end else if (one__30_q == 0) begin
             res = res__30_q[31:0];
         end else if (one__31 == 0) begin
             res = res__31[31:0];
		end else begin
			 res = res__32[31:0];
		end
		
	end

	
endmodule